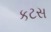
કટસ